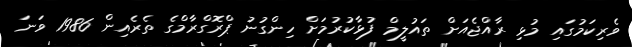
ވެރިކަމުގައި މުޅި ރާއްޖެއަަށް ތައުލީމް ފުޅާކުރުމަށް ހިންގުނު ޕްރޮގްރާމްގެ ތެރެއިން 1986 ވަނަ